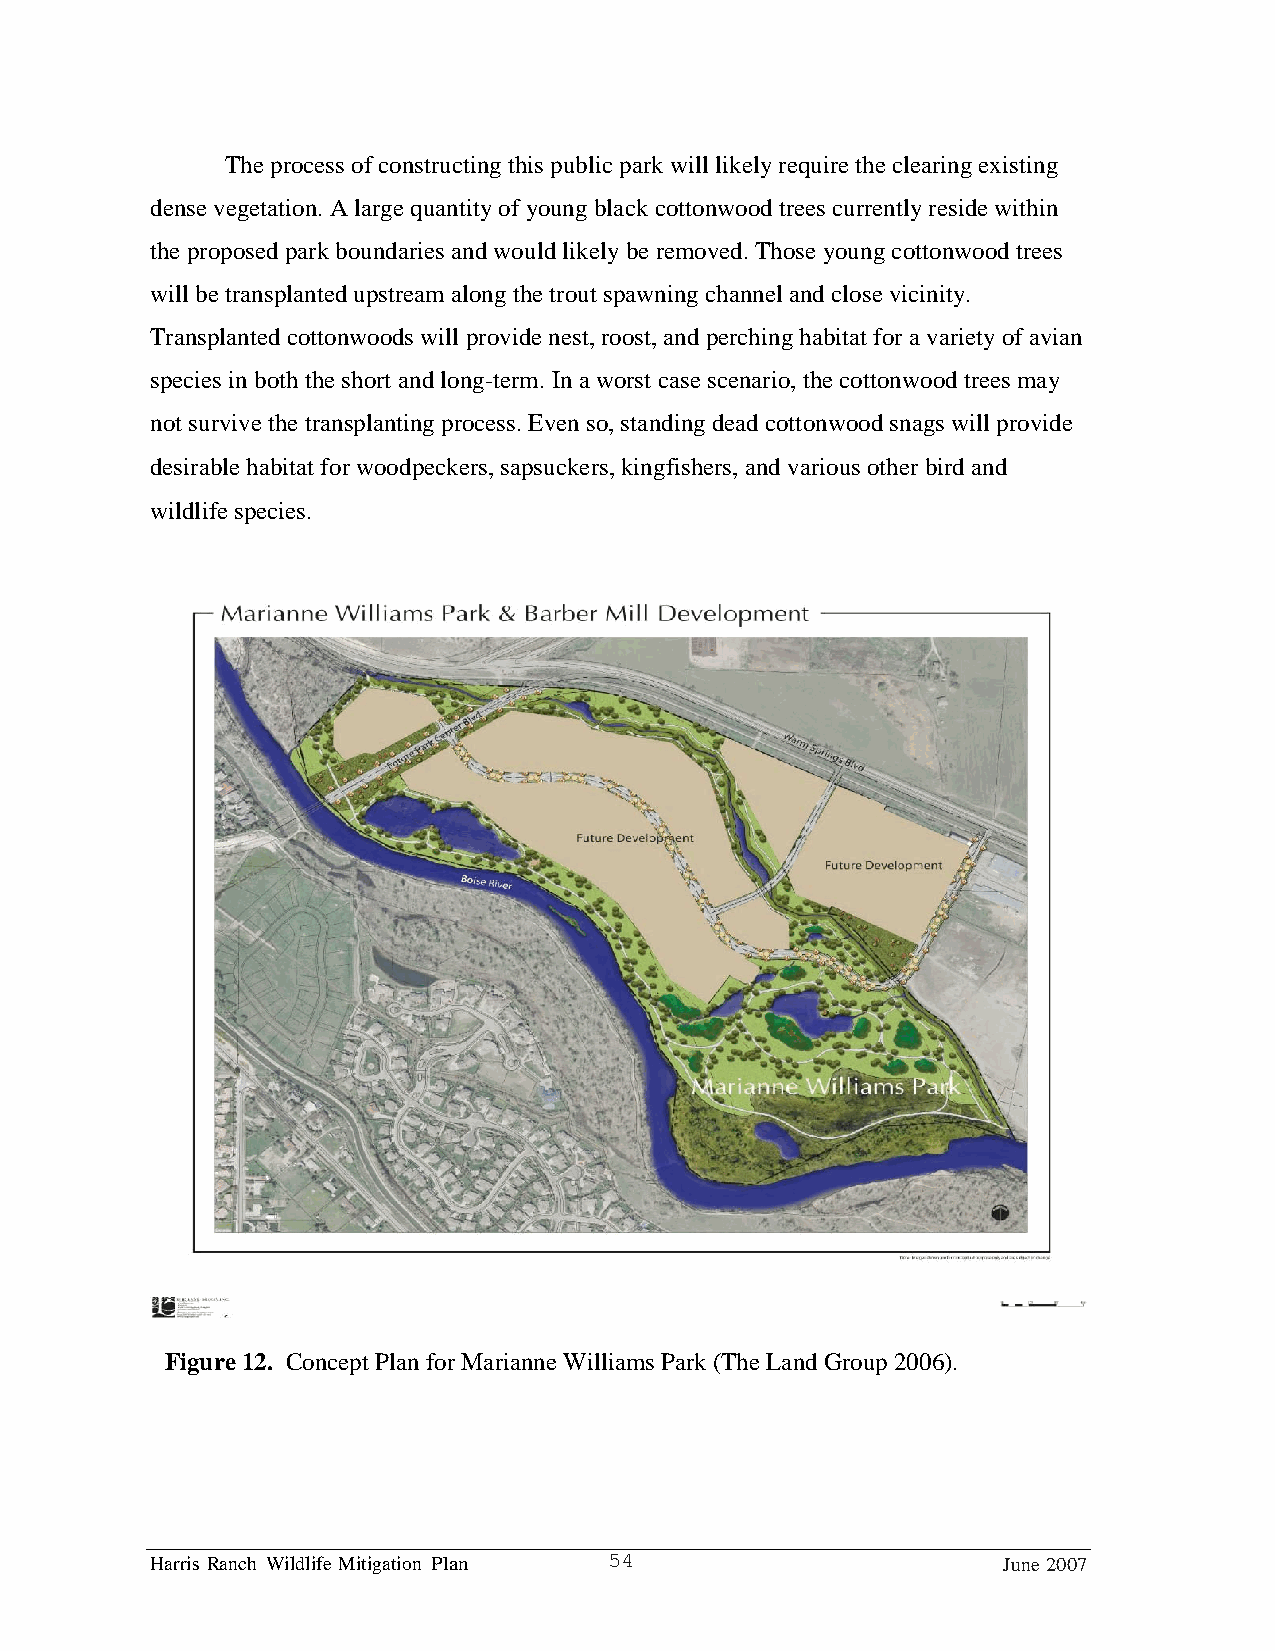
The process of constructing this public park will likely require the clearing existing
 dense vegetation. A large quantity of young black cottonwood trees currently reside within
 the proposed park boundaries and would likely be removed. Those young cottonwood trees
 will be transplanted upstream along the trout spawning channel and close vicinity.
 Transplanted cottonwoods will provide nest, roost, and perching habitat for a variety of avian
 species in both the short and long-term. In a worst case scenario, the cottonwood trees may
 not survive the transplanting process. Even so, standing dead cottonwood snags will provide
 desirable habitat for woodpeckers, sapsuckers, kingfishers, and various other bird and
 wildlife species.
 Figure 12. Concept Plan for Marianne Williams Park (The Land Group 2006).
 Harris Ranch Wildlife Mitigation Plan 54                June 2007